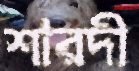
শারদী